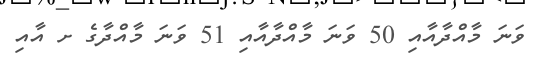
ވަނަ މާއްދާއާއި 50 ވަނަ މާއްދާއާއި 51 ވަނަ މާއްދާގެ ށ އާއި